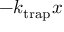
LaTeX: - k _ { \mathrm { t r a p } } x